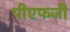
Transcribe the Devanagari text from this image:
पीएफजी